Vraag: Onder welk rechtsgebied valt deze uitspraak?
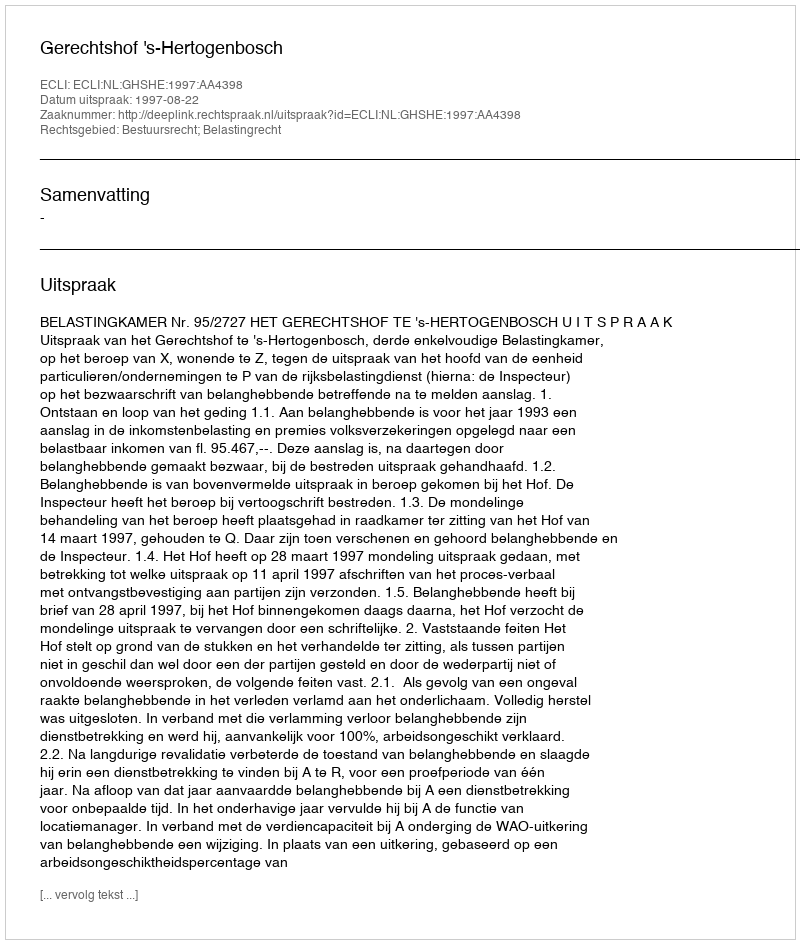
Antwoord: Bestuursrecht; Belastingrecht